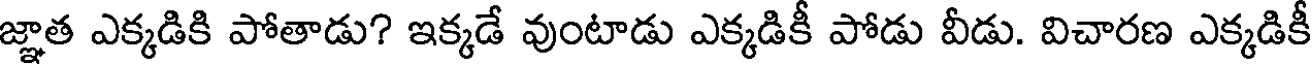
జ్ఞాత ఎక్కడికి పోతాడు? ఇక్కడే వుంటాడు ఎక్కడికీ పోడు వీడు. విచారణ ఎక్కడికీ